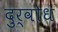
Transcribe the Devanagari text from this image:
दुर्वोध